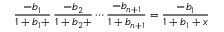
{ \frac { - b _ { 1 } } { 1 + b _ { 1 } + } } \, { \frac { - b _ { 2 } } { 1 + b _ { 2 } + } } \cdots { \frac { - b _ { n + 1 } } { 1 + b _ { n + 1 } } } = { \frac { - b _ { 1 } } { 1 + b _ { 1 } + x } }